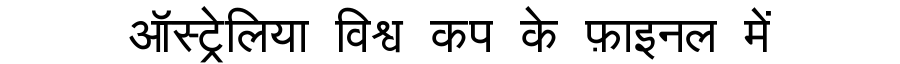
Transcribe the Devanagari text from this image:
ऑस्ट्रेलिया विश्व कप के फ़ाइनल में